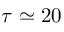
\tau \simeq 2 0